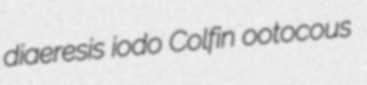
diaeresis iodo Colfin ootocous